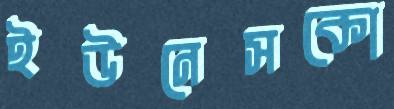
ইউনেসকো